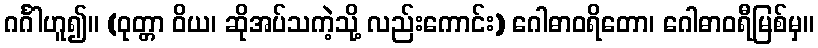
ဂင်္ဂါဟူ၍။ (ဝုတ္တာ ဝိယ၊ ဆိုအပ်သကဲ့သို့ လည်းကောင်း) ဂေါဓာဝရိတော၊ ဂေါဓာဝရီမြစ်မှ။